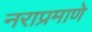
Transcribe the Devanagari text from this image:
नराप्रमाणे